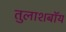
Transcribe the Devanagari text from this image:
तुलाशबॉय